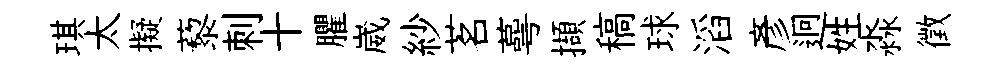
琪太擬藜刺十臞崴紗茗蕚擷稿球滔彥迥姓淼徵